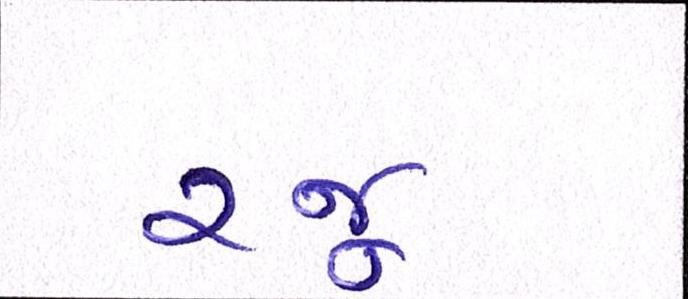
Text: રજૂ